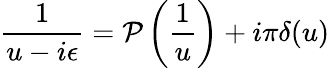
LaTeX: \displaystyle{\frac{1}{u-i\epsilon}}={\cal P}\left(\displaystyle{\frac{1}{u}}\right)+i\pi\delta(u)